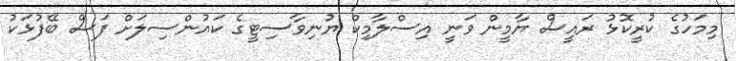
މިމަހުގެ ކުރީކޮޅު ރައީސް ޔާމީން ވަނީ އިސްލާމިކް ޔުނިވާސިޓީގެ ކައުންސިލަށް ފަސް ބޭފުޅަކު